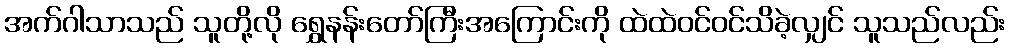
အက်ဂါသာသည် သူတို့လို ရွှေနန်းတော်ကြီးအကြောင်းကို ထဲထဲဝင်ဝင်သိခဲ့လျှင် သူသည်လည်း